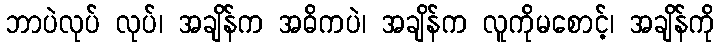
ဘာပဲလုပ် လုပ်၊ အချိန်က အဓိကပဲ၊ အချိန်က လူကိုမစောင့်၊ အချိန်ကို